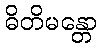
ဓိတိမန္တော